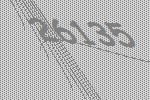
26135